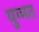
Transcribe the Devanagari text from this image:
युग्मत